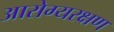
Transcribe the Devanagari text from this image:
आरोग्यरक्षण